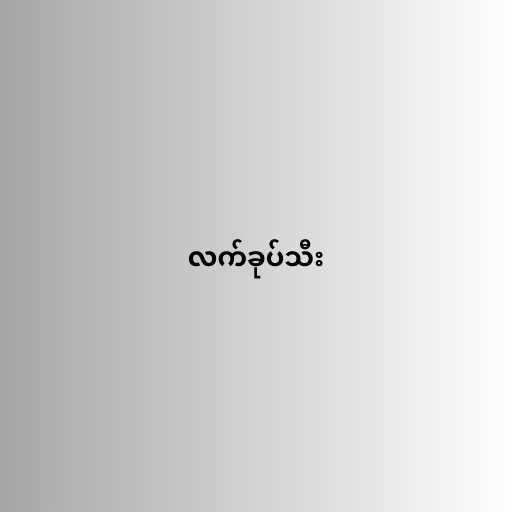
လက်ခုပ်သီး